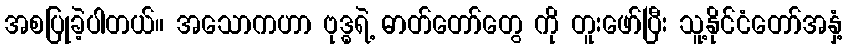
အစပြုခဲ့ပါတယ်။ အသောကဟာ ဗုဒ္ဓရဲ့ ဓာတ်တော်တွေ ကို တူးဖော်ပြီး သူ့နိုင်ငံတော်အနှံ့